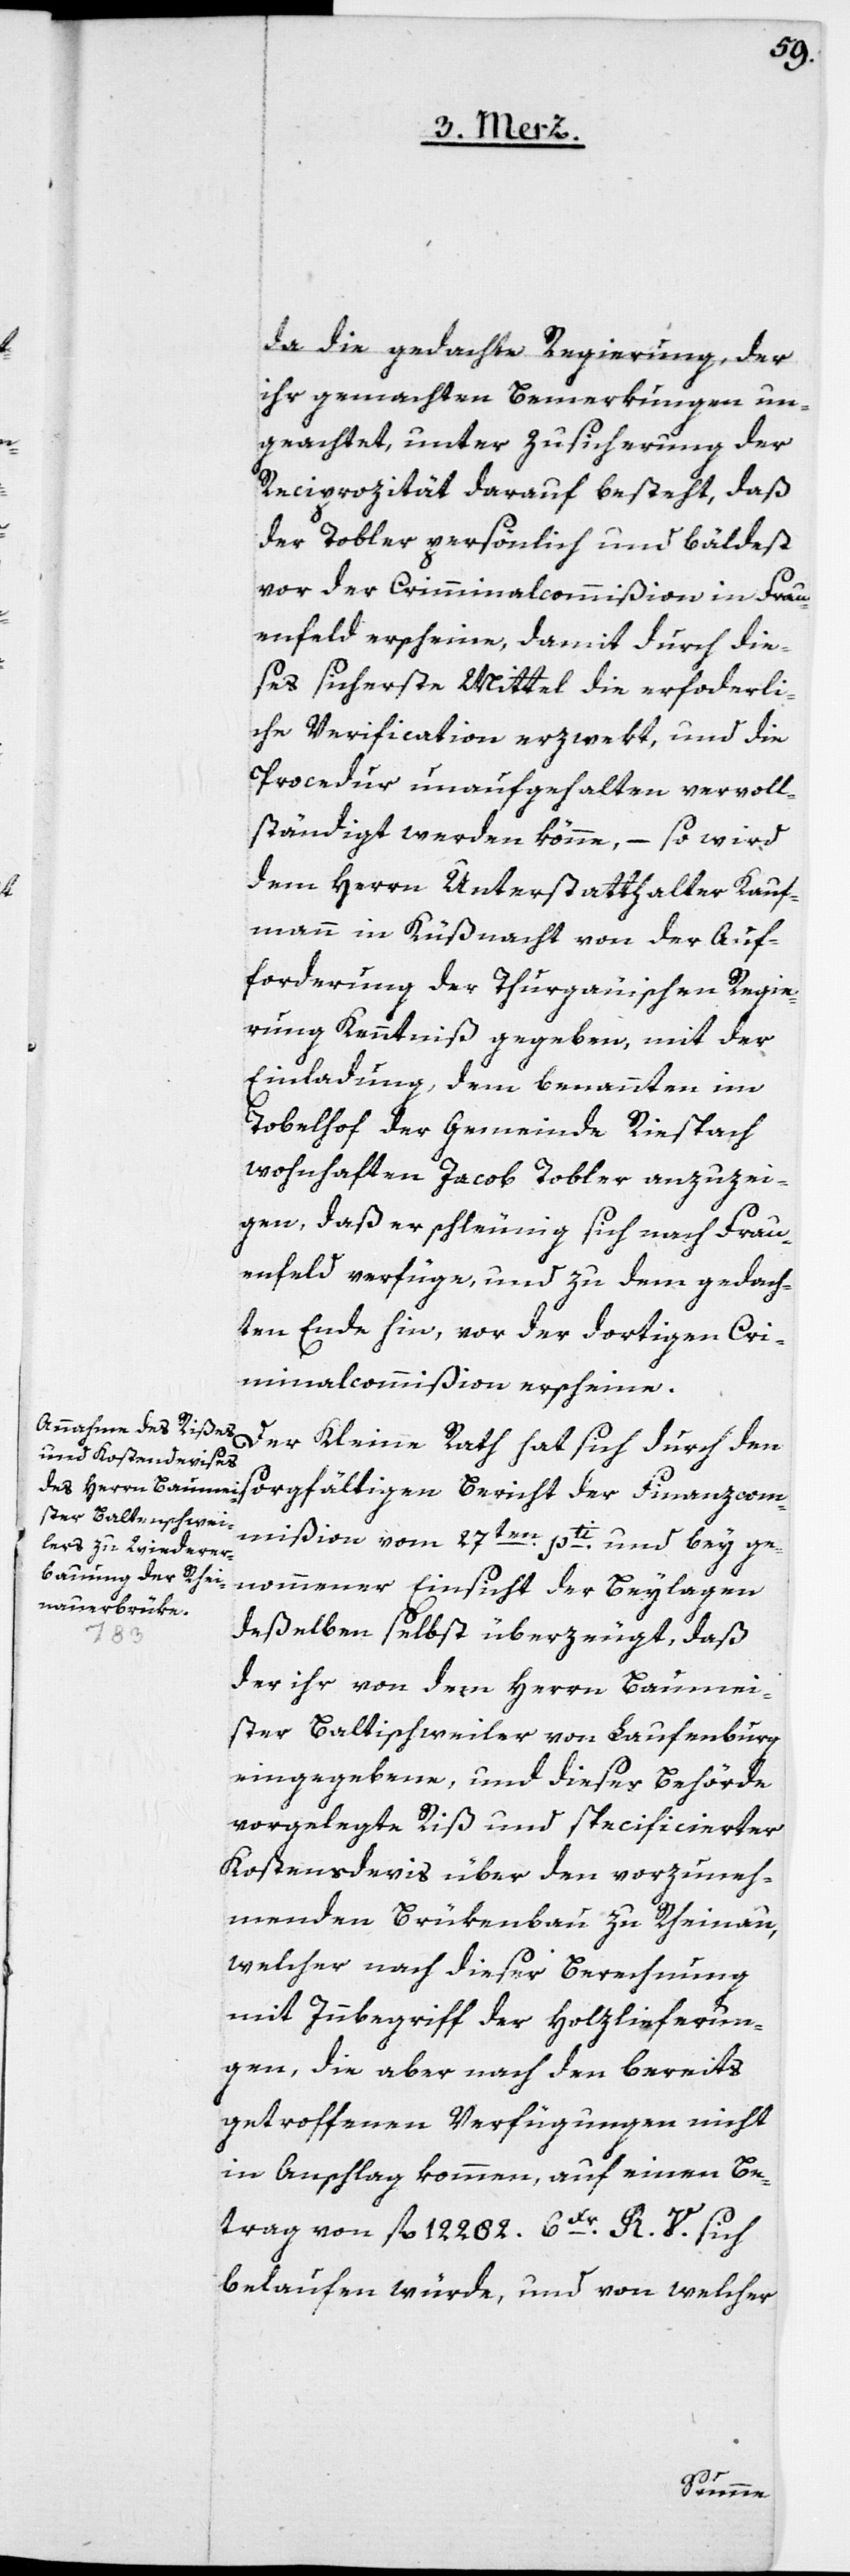
da die gedachte Regierung der
ihr gemachten Bemerkungen un¬
geachtet, unter Zusicherung der
Reciprozität darauf besteht, daß
der Tobler persönlich und bäldest
vor der Criminalcommißion in Frau¬
enfeld erscheine, damit durch die¬
ses sicherste Mittel die erforderli¬
che Verification erzwekt, und die
Procedur unaufgehalten vervoll¬
ständigt werden könne, – so wird
dem Herrn Unterstatthalter Kauf¬
mann in Küßnacht von der Auf¬
forderung der Thugauischen Regie¬
rung Kenntniß gegeben, mit der
Einladung, dem benannten im
Tobelhof der Gemeinde Riespach
wohnhaften Jacob Tobler anzuzei¬
gen, daß er schleunig sich nach Frau¬
enfeld verfüge, und zu dem gedach¬
ten Ende hin, vor der dortigen Cri¬
minalcommißion erscheine.
Der Kleine Rath hat sich durch den
mmißion vom 27ten pti und bey ge¬
nommener Einsicht der Beylagen
deßelben selbst überzeugt, daß
der ihr von dem Herrn Baumei¬
ster Baltischweiler [sic!] von Laufenburg
eingegebene, und dieser Behörde
vorgelegte Riß und specificierter
Kostensdevis über den vorzuneh¬
menden Brückenbau zu Rheinau,
welcher nach dieser Berechnung
mit Innbegriff der Holzlieferun¬
gen, die aber nach den bereits
getroffenen Verfügungen nicht
in Anschlag kommen, auf einen Be¬
trag von fl. 12 282 6Xr R. V. sich
belaufen würde, und von welcher
Finanzco¬